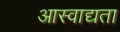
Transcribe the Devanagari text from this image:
आस्वाद्यता